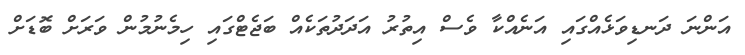
އަންނަ ދަނޑިވަޅެއްގައި އަނެއްކާ ވެސް އިތުރު އަދަދުތަކެއް ބަޖެޓްގައި ހިމެނުމުން ވަރަށް ބޮޑަށް